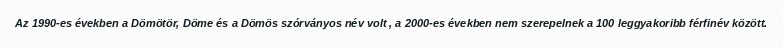
Az 1990-es években a Dömötör, Döme és a Dömös szórványos név volt , a 2000-es években nem szerepelnek a 100 leggyakoribb férfinév között.